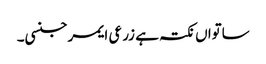
ساتواں نکتہ ہے زرعی ایمرجنسی۔